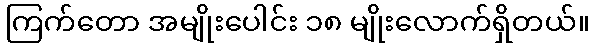
ကြက်တော အမျိုးပေါင်း ၁၈ မျိုးလောက်ရှိတယ်။